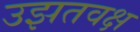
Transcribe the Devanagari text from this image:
उझतवक्ष